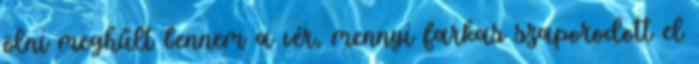
ölni meghűlt bennem a vér, mennyi farkas szaporodott el